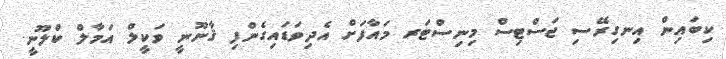
ކިބައިން އިނގިރޭސި ޖަސްޓިސް މިނިސްޓަރ މައާފަށް އެދިވަޑައިގެންފި ޤާނޫނީ ވަކީލް އަމާލް ކްލޫނީ.